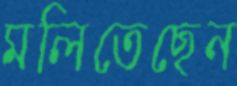
মলিতেছেন